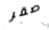
صقر